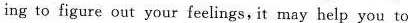
ing to figure out your feelings, it may help you to